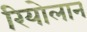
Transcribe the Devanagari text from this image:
रियोलान